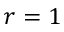
r = 1